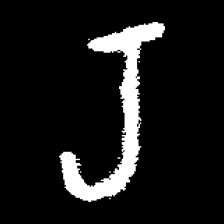
Pyu character \u2014 Myanmar letter: ရ (romanized: ra)